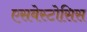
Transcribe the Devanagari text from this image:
एसबेस्टोसिस